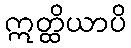
ဣတ္ထိယာပိ